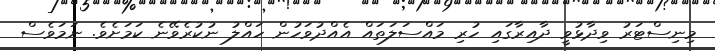
މިނިސްޓަރު ވިދާޅުވީ ދާއިރާގައި ހުރި މައްސަލަތައް އެއްދުވަހުން ހައްލު ނުކުރެވޭނެ ކަމަށެވެ. ނަމަވެސް